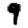
Digit: 9